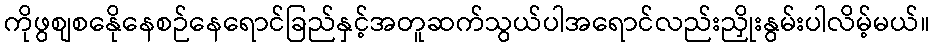
ကိုဖွစျစနေိုနေစဉ်နေရောင်ခြည်နှင့်အတူဆက်သွယ်ပါအရောင်လည်းညှိုးနွမ်းပါလိမ့်မယ်။